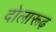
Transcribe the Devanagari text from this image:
दोलारूढ़